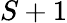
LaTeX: S+1